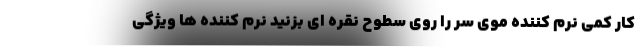
کار کمی نرم کننده موی سر را روی سطوح نقره ای بزنید نرم کننده ها ویژگی